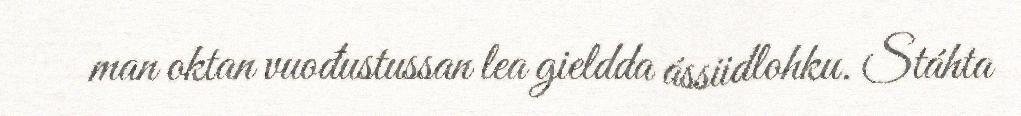
man oktan vuođustussan lea gieldda ássiidlohku. Stáhta